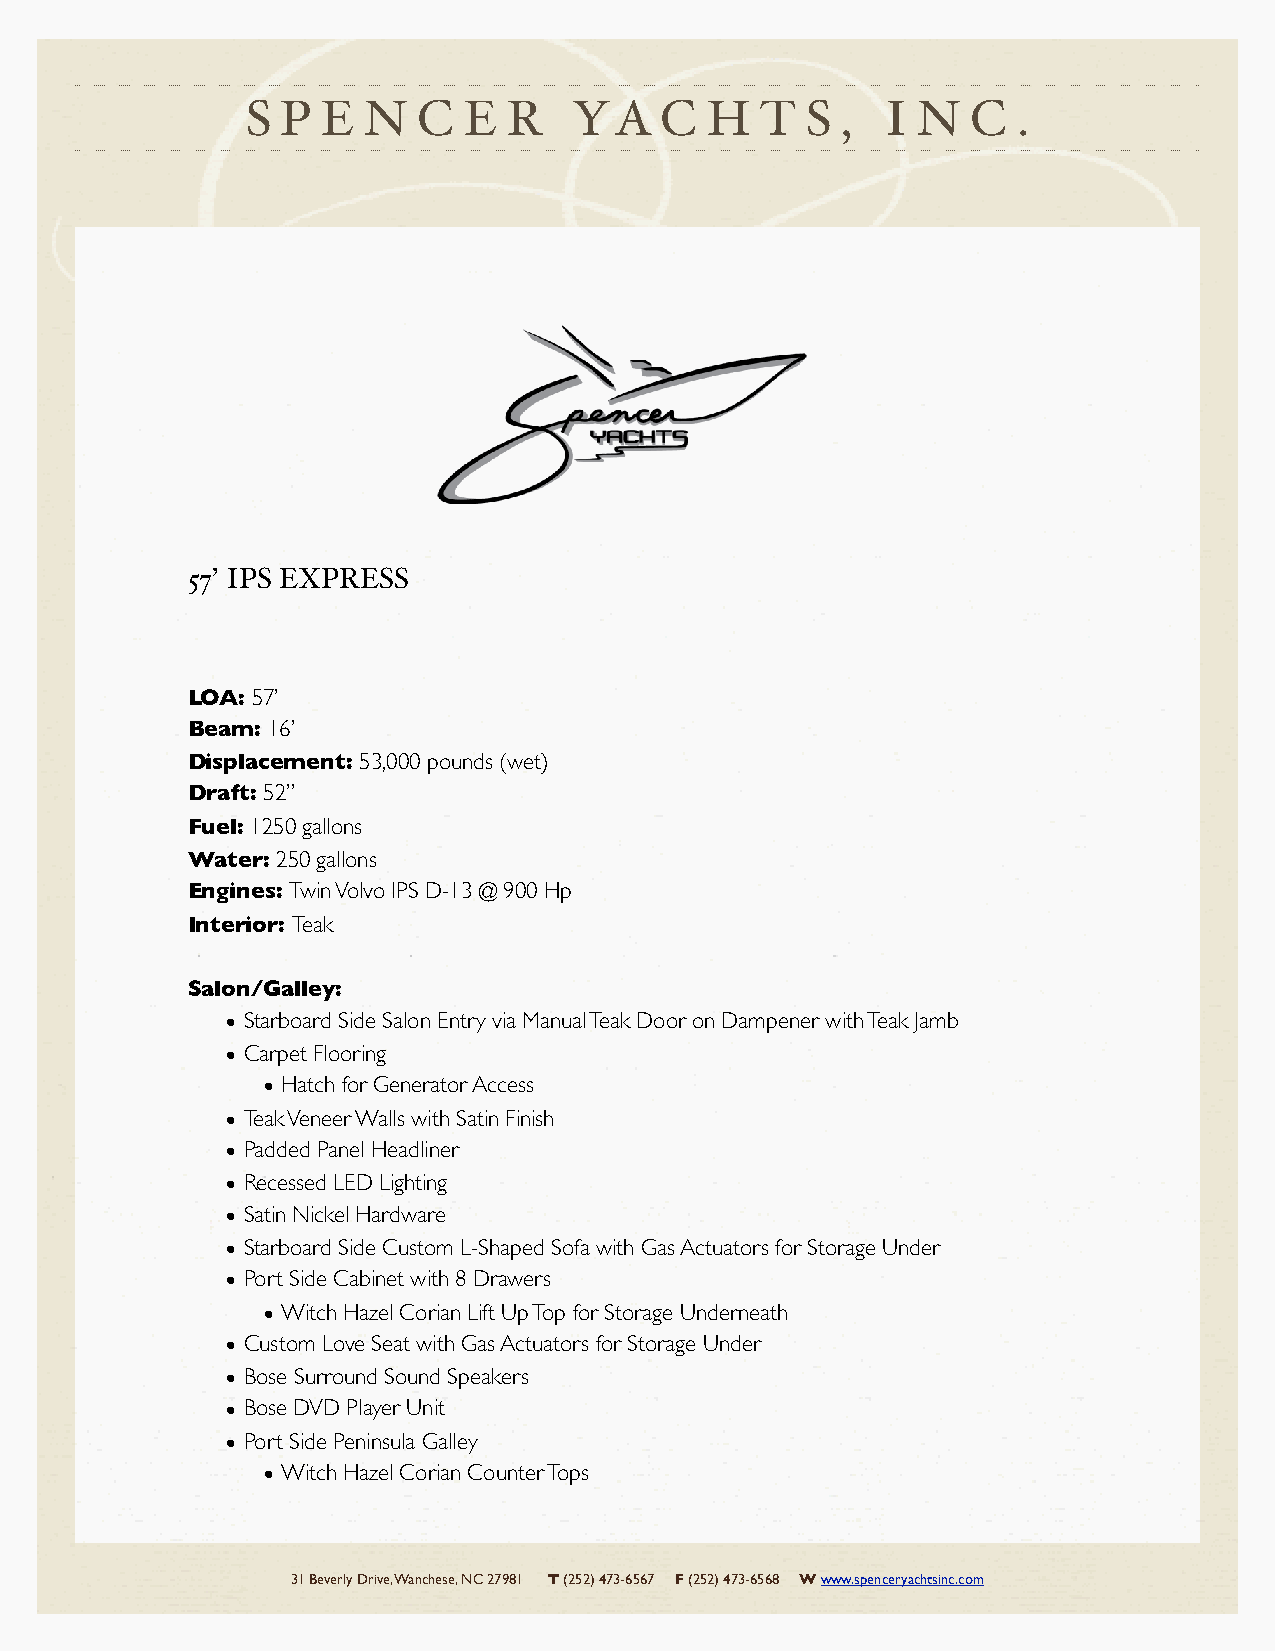
S  P E  N   C  E  R   YA    C  H  T  S  ,  I N  C  .
 57’ IPS EXPRESS
 LOA: 57’
 Beam: 16’
 Displacement: 53,000 pounds (wet)
 Draft: 52”
 Fuel: 1250 gallons
 Water: 250 gallons
 Engines: Twin Volvo IPS D-13 @ 900 Hp
 Interior: Teak
 Salon/Galley:
 • Starboard Side Salon Entry via Manual Teak Door on Dampener with Teak Jamb
 • Carpet Flooring
 • Hatch for Generator Access
 • Teak Veneer Walls with Satin Finish
 • Padded Panel Headliner
 • Recessed LED Lighting
 • Satin Nickel Hardware
 • Starboard Side Custom L-Shaped Sofa with Gas Actuators for Storage Under
 • Port Side Cabinet with 8 Drawers
 • Witch Hazel Corian Lift Up Top for Storage Underneath
 • Custom Love Seat with Gas Actuators for Storage Under
 • Bose Surround Sound Speakers
 • Bose DVD Player Unit
 • Port Side Peninsula Galley
 • Witch Hazel Corian Counter Tops
 31 Beverly Drive, Wanchese, NC 27981 T (252) 473-6567 F (252) 473-6568 W www.spenceryachtsinc.com